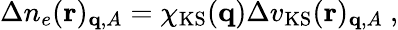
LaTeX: \begin{array}{r}{\Delta n_{e}(\mathbf{r})_{\mathbf{q},A}=\chi_{\mathrm{KS}}(\mathbf{q})\Delta v_{\mathrm{KS}}(\mathbf{r})_{\mathbf{q},A}\ ,}\end{array}